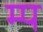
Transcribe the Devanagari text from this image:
म्प